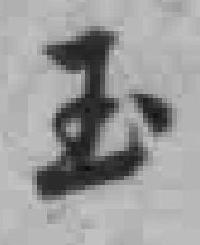
玉